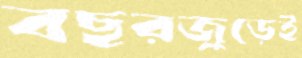
বছরজুড়েই